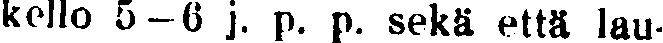
kello 5—6 j. p. p. sekä että lau-